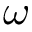
\omega